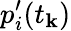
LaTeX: p_{i}^{\prime}(t_{\mathbf{k}})